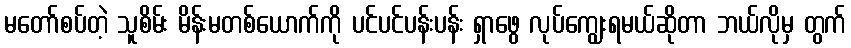
မတော်စပ်တဲ့ သူစိမ်း မိန်းမတစ်ယောက်ကို ပင်ပင်ပန်းပန်း ရှာဖွေ လုပ်ကျွေးရမယ်ဆိုတာ ဘယ်လိုမှ တွက်